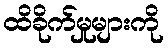
ထိခိုက်မှုများကို